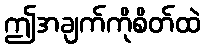
ဤအချက်ကိုစိတ်ထဲ